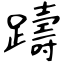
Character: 躊